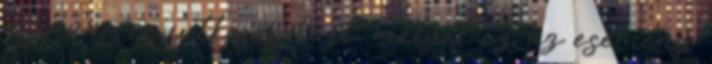
a zavar és futkosás közt, melyet ez az esemény